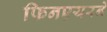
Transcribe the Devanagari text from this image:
फिनएयरने